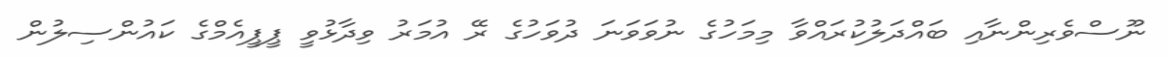
ނޫސްވެރިންނާއި ބައްދަލުކުރައްވާ މިމަހުގެ ނުވަވަނަ ދުވަހުގެ ރޭ އުމަރު ވިދާޅުވީ ޕީޕީއެމްގެ ކައުންސިލުން